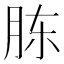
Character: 胨